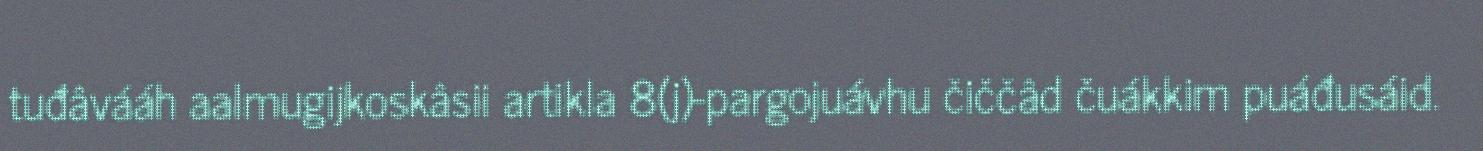
tuđâvááh aalmugijkoskâsii artikla 8(j)-pargojuávhu čiččâd čuákkim puáđusáid.